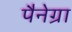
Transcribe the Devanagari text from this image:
पैनेग्रा